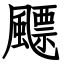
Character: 飃